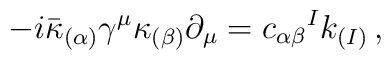
-i\bar{\kappa}_{(\alpha)}\gamma^{\mu}\kappa_{(\beta)}\partial_{\mu}= c_{\alpha\beta}{}^{I}k_{(I)}\, ,